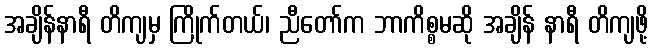
အချိန်နာရီ တိကျမှ ကြိုက်တယ်၊ ညီတော်က ဘာကိစ္စမဆို အချိန် နာရီ တိကျဖို့